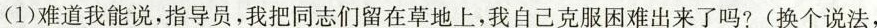
(1)难道我能说，指导员，我把同志们留在草地上，我自己克服困难出来了吗?(换个说法，